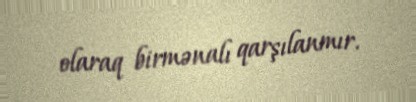
olaraq birmənalı qarşılanmır.